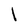
Character: l